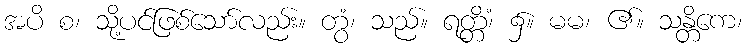
အပိ စ၊ သို့ပင်ဖြစ်သော်လည်း။ တွံ၊ သည်။ ရတ္တိံ၊ ၌။ မမ၊ ၏။ သန္တိကေ၊